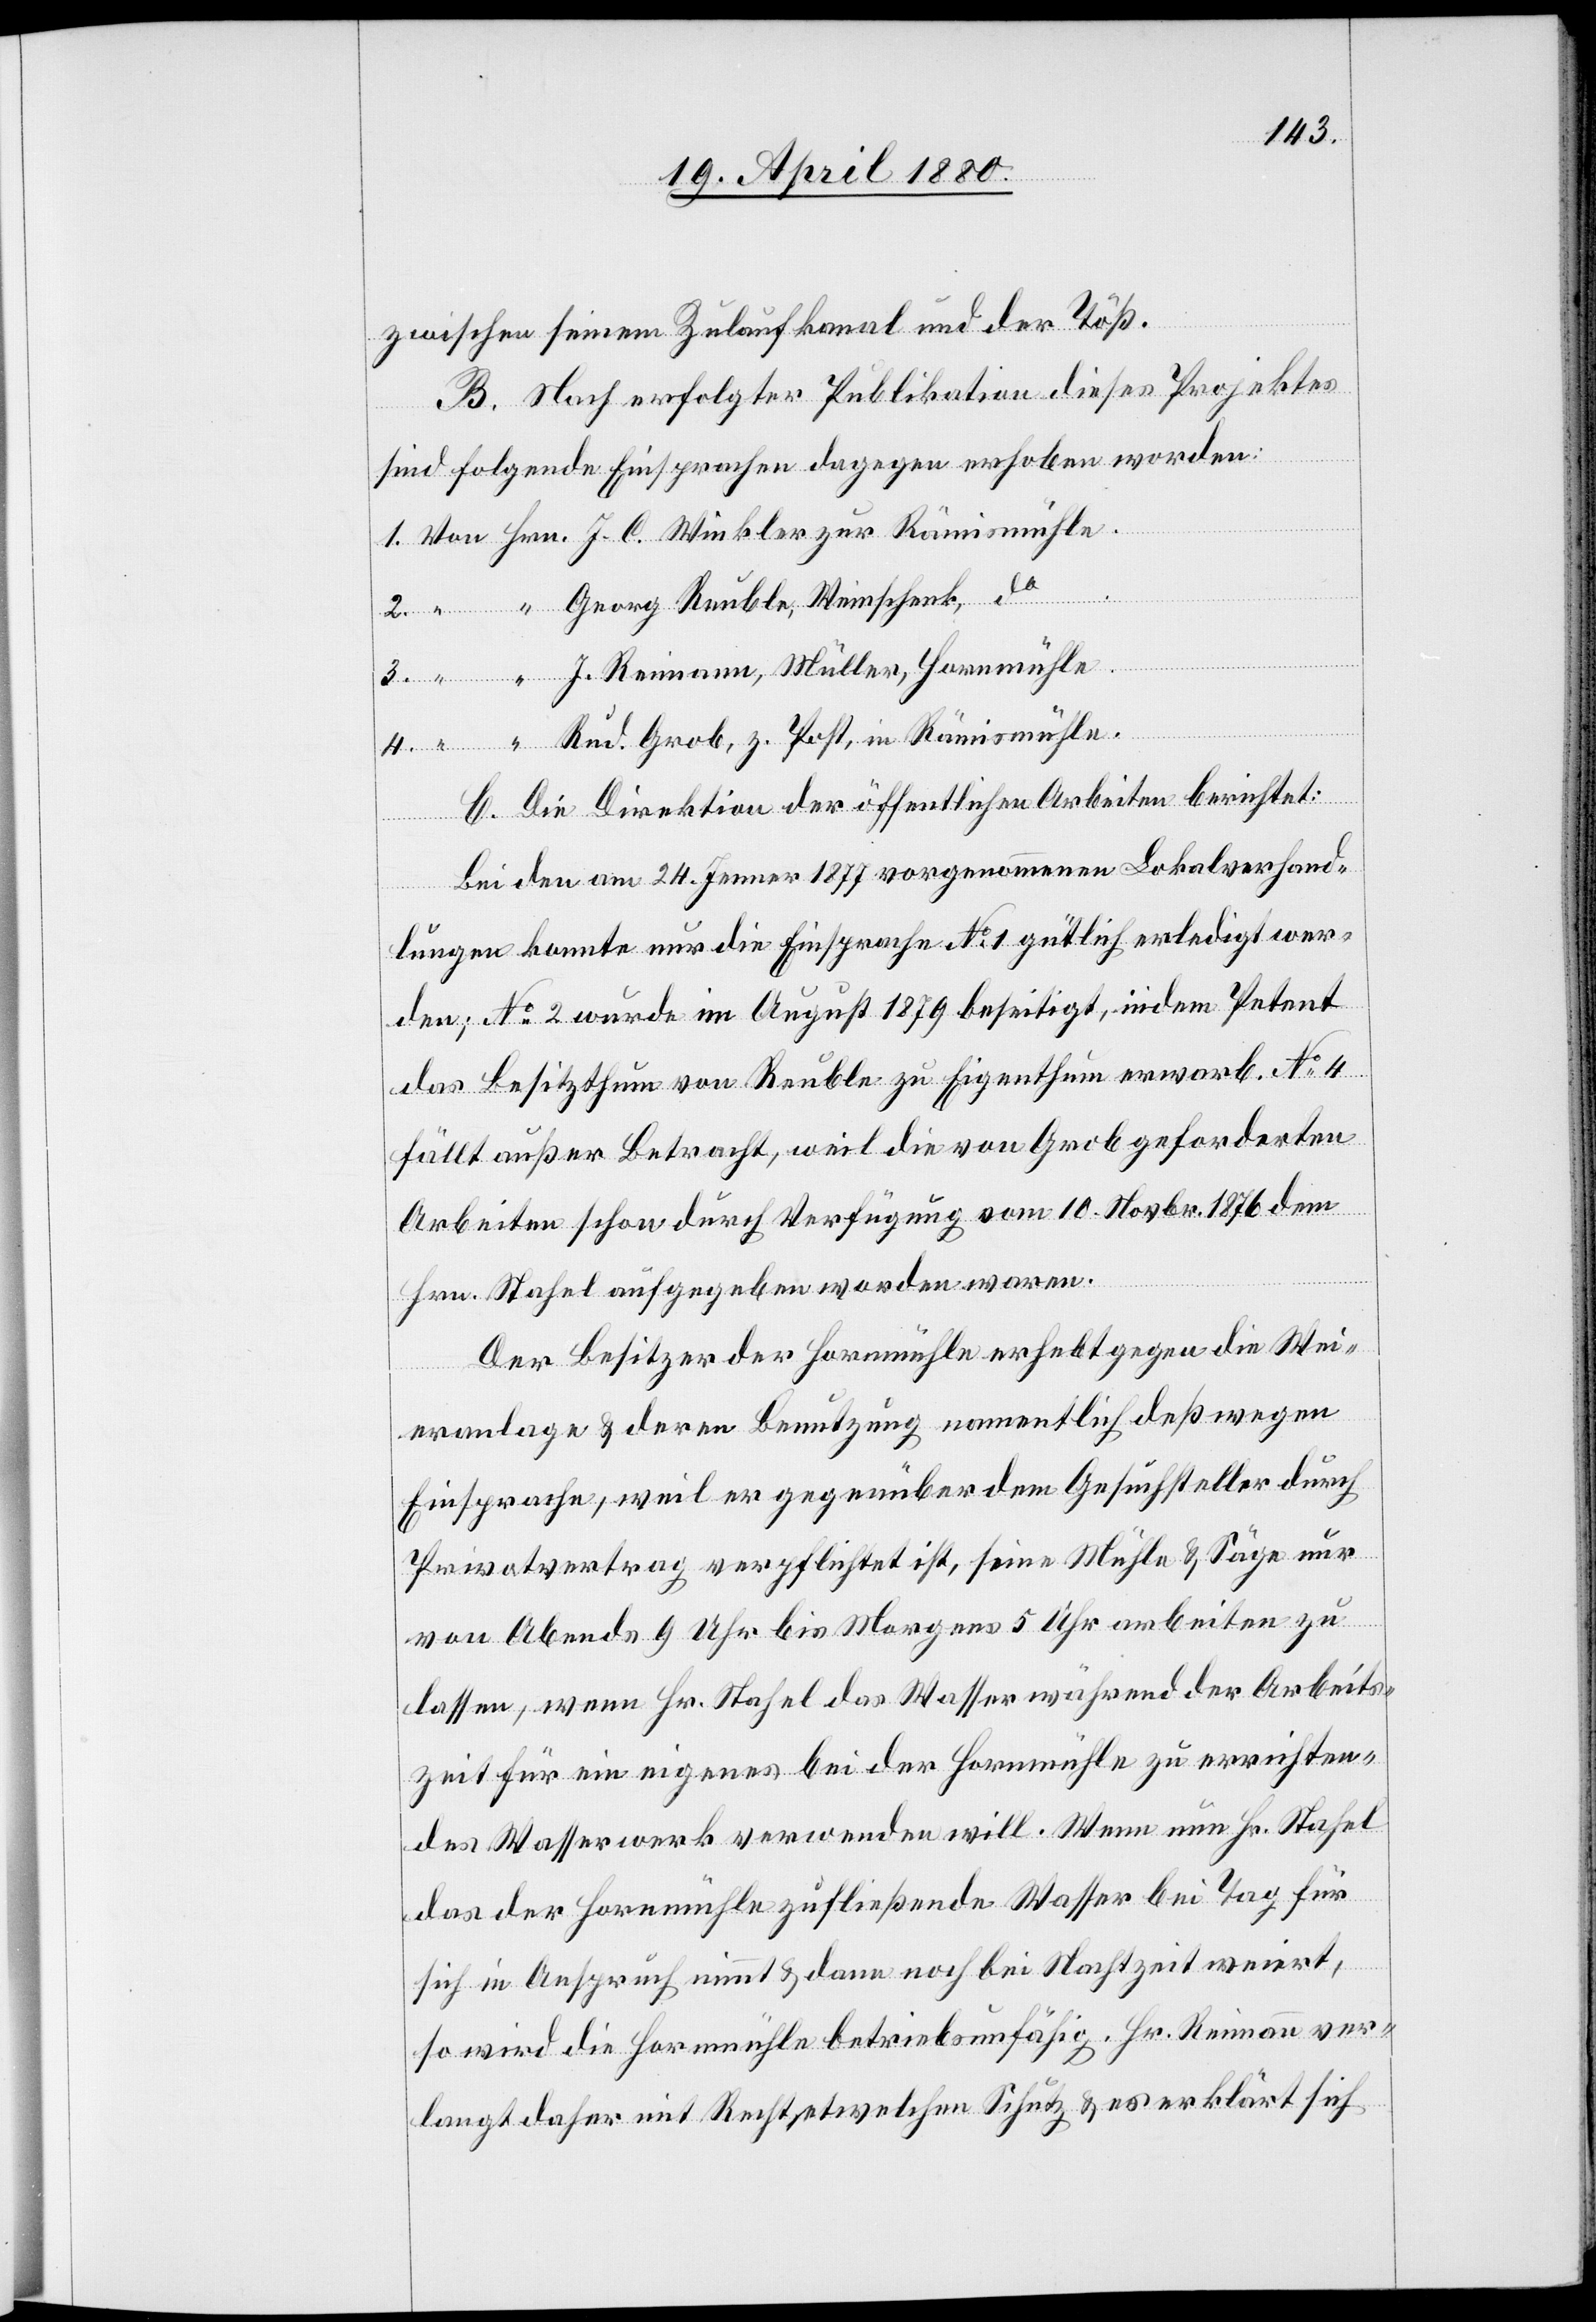
zwischen seinem Zulaufkanal und der Töß.
B. Nach erfolgter Publikation dieses Projektes
sind folgende Einsprachen dagegen erhoben worden:
Georg Reuble, Weinschenk do.
C. Die Direktion der öffentlichen Arbeiten berichtet:
z.
Bei den am 24. Jenner 1877 vorgenommenen Lokalverhand¬
lungen konnte nur die Einsprache No 1 gütlich erledigt wer¬
den; No 2 wurde im August 1879 beseitigt, indem Petent
das Besitzthum von Reuble zu Eigenthum erwarb. No 4
fällt außer Betracht, weil die von Grob geforderten
Arbeiten schon durch Verfügung vom 10. Novbr. 1876 dem
Hrn. Stahel aufgegeben worden waren.
Der Besitzer der Hornmühle erhebt gegen die Wei¬
eranlage & deren Benutzung namentlich deßwegen
Einsprache, weil er gegenüber dem Gesuchsteller durch
Privatvertrag verpflichtet ist, seine Mühle & Säge nur
von Abends 9 Uhr bis Morgens 5 Uhr arbeiten zu
lassen, wenn Hr. Stahel das Wasser während der Arbeits¬
zeit für ein eigenes bei der Hornmühle zu errichten¬
des Wasserwerk verwenden will. Wenn nun Hr. Stahel
das der Hornmühle zufließende Wasser bei Tag für
sich in Anspruch nimmt & dann noch bei Nachtzeit weiert,
so wird die Hornmühle betriebsunfähig. Hr. Reimann ver¬
langt daher mit Recht etwelchen Schutz & es erklärt sich